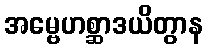
အမ္ဗေဟစ္ဆာဒယိတွာန